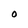
Character: 0